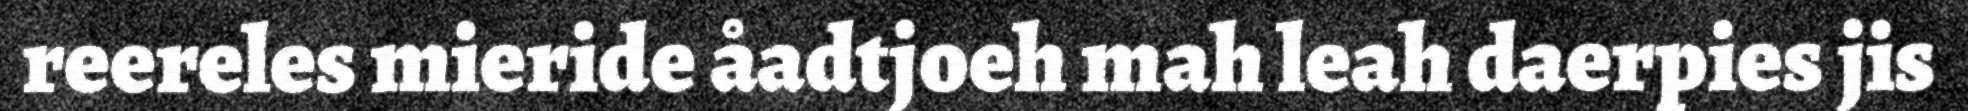
reereles mieride åadtjoeh mah leah daerpies jis